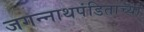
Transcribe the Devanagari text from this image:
जगन्‍नाथपंडिताच्या